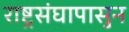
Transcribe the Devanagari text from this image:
राष्ट्रसंघापासुन